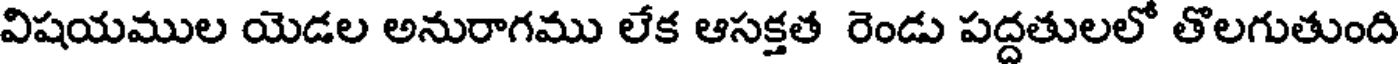
విషయముల యెడల అనురాగము లేక ఆసక్తత రెండు పద్దతులలో తొలగుతుంది